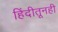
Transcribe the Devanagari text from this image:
हिंदीतूनही